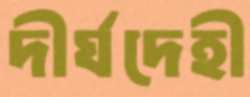
দীর্ঘদেহী